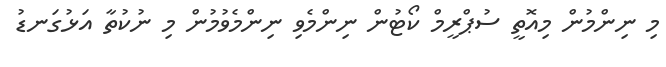
މި ނިންމުން މިއޮތީ ސުޕްރީމް ކޯޓުން ނިންމެވި ނިންމެވުމުން މި ނުކުތާ އަޅުގަނޑު